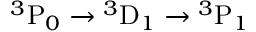
{ } ^ { 3 } \mathrm { P } _ { 0 } \rightarrow { } ^ { 3 } \mathrm { D } _ { 1 } \rightarrow { } ^ { 3 } \mathrm { P } _ { 1 }